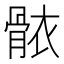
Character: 𮪩